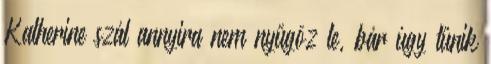
Katherine szál annyira nem nyűgöz le, bár úgy tűnik